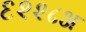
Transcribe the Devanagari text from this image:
६२२८अ